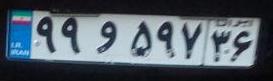
۹۹و۵۹۷۳۶